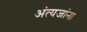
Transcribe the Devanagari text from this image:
अंत्यजांना